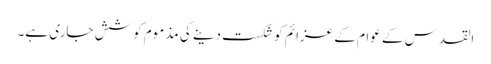
القدس کے عوام کے عزائم کو شکست دینے کی مذموم کوشش جاری ہے۔